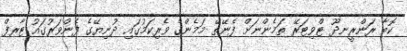
ކޮބާ ރަންރީނދޫ ޓްވިޓަރޭ ތަމެންނަށް ފެނޭތޭ މަމެންގެ ވެރިކަމުގައި ދުނިޔޭގެ ފެންވަރުގައު ޓާރފް